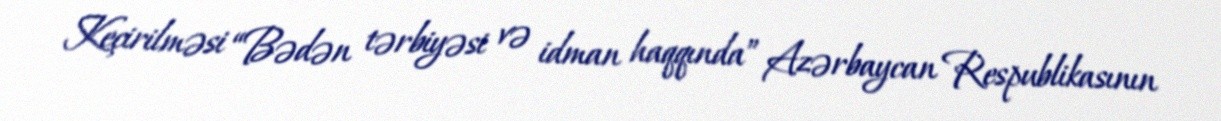
Keçirilməsi “Bədən tərbiyəsi və idman haqqında” Azərbaycan Respublikasının